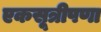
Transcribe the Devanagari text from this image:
एकसूत्रीपणा